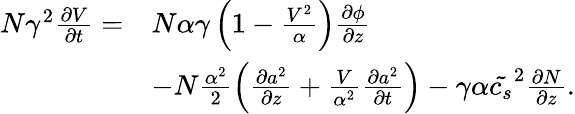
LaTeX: \begin{array}{rl}{N\gamma^{2}\frac{\partial V}{\partial t}=}&{N\alpha\gamma\left(1-\frac{V^{2}}{\alpha}\right)\frac{\partial\phi}{\partial z}}\\ &{-N\frac{\alpha^{2}}{2}\left(\frac{\partial a^{2}}{\partial z}+\frac{V}{\alpha^{2}}\frac{\partial a^{2}}{\partial t}\right)-\gamma\alpha\tilde{c_{s}}^{2}\frac{\partial N}{\partial z}.}\end{array}